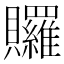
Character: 𧹐